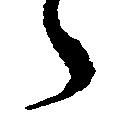
々